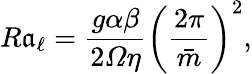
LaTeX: R\mathfrak{a}_{\ell}=\frac{{g\alpha\beta}}{{2\varOmega\eta}}\left(\frac{{2\pi}}{{\bar{{m}}}}\right)^{2},